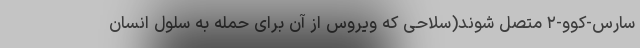
سارس-کوو-۲ متصل شوند(سلاحی که ویروس از آن برای حمله به سلول انسان